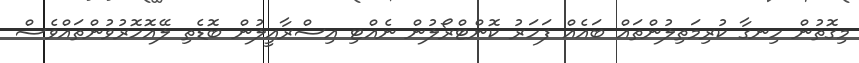
މިގޮތުން ހިނގާ ކުރިމަތިލުންތައް ބައެއް ފަހަރު ކޮންޓްރޯލުން ނެއްޓި އިސްރާއީލުން ބޮޑެތި ލޭއޮހޮރުވުންތައްވެސް